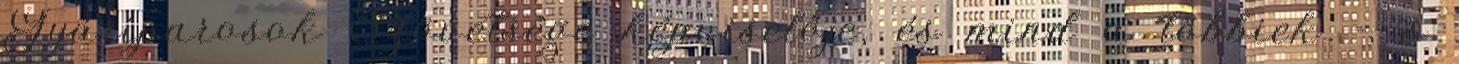
Gyáriparosok Szövetsége képviselője, és mind a többiek -, s